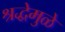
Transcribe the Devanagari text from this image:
श्रद्धेमुळे